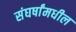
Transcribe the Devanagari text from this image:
संघर्षांमधील